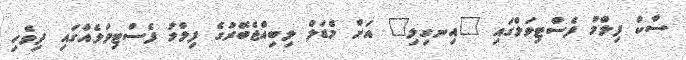
ސާކް ފިލްމު ފެސްޓިވަލްގައި "އިނގިލި" އަށް މެޑަލް ލިބިއްޖެބޭރުގެ ފިލްމު ފެސްޓިވަލެއްގައި ދިވެހި